Vaccination report Assam 1896-1927 - 1896-1927
Year: 1896
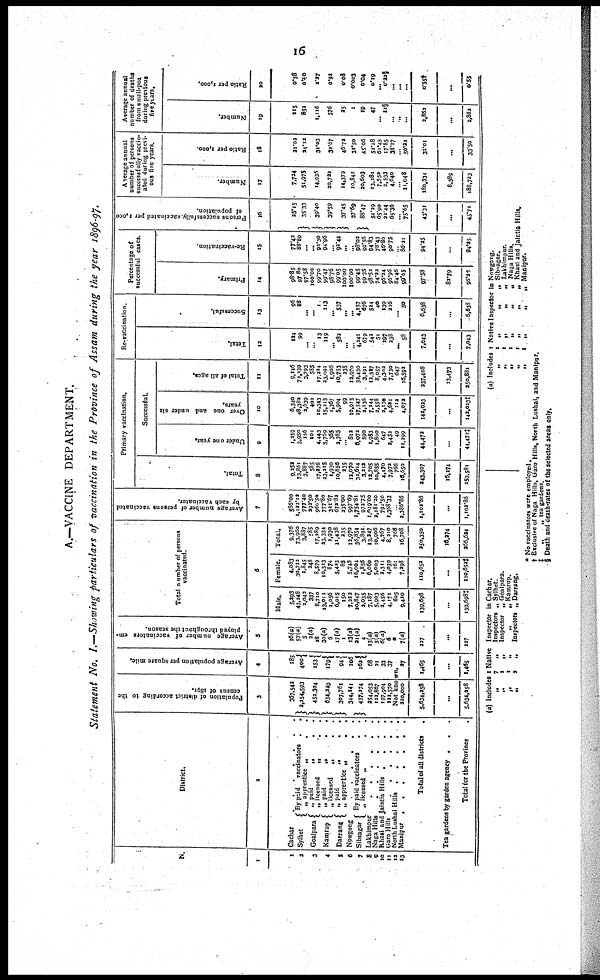
16
A.—VACCINE DEPARTMENT.
Statement No. I.—Showing particulars of vaccination in the Province of Assam during the year 1896-97.
N.
1
1
3
3
4
5
6
7
8
9
10
11
12
13
District.
3
Cachar
...........
Sylhet
Goalpara
Kamtup
Darrang
By paid
vaccinators
.
.
„ apprentice „
.
.
„ paid
„
. .
„
licensed
„
. . .
„ paid
„
.
.
„ licensed
„
. .
„
Paid
„
. .
„ apprertice „
.
Nowgong
.
.
.
.
.
Sibsagar
By paid vaccinators
,
,
„ licensed „
.
Lakhimpur
.
.
.
.
.
Naga Hills
.
.
.
.
.
Khasi and Jaintia Hills .
.
.
.
Garo Hills
......
North Lushai Hills
.
.
.
.
.
Manipur
Total of all districts
.
Tea gardens by garden agency
...
Total for the Province
.
Population of district according to the
census of 1801.
3
367,542
2,154,593
452,304
634,249
307,761
344,141
457,274
254,053
122,867
197,904
131,570
Average population per square mile.
4
185
400
153
179
94
105
162
68
21
33
37
Not known.
220,000
5,634,258
...
5,634,258
27
1,465
...
1,465
Average number of vaccinators em-
ployed throughout the season.
5
16(a)
57(a)
5 3(a)
18
30(a)
6
17(a)
1
13(a)
21(a) 4.
13(a)
5(a)
6(a)
6
*
7(a)
227
...
227
Total number of persons
vaccinated.
6
Male.
5,293
43,248
2,042
337
8,710
13,011
1,056
6,015
ISO
7,222
30,847
2,035
7,187
5,903
2,456
4,171
605
9,410
139,698
...
139,698‡
Female.
4,083
30,712
1,845
348
8,579
10,323
874
5,423
85
5,748
16,004
1,856
6,060
5,003
2,311
4,039
161
7,298
110,652
...
110,652‡
Total.
9,376
73,060
3,887
585
17,289
23,334
1,930
11,438
33S
12,970
36,851
3,891
13,247
10,006
4,767
8,210
766
16,708
250,350
19,274
266,624
Average number of persons vaccinated
by each vaccinator.
7
585.00
1,122.12
777.40
292.50
960.50
777.80
321.67
672.82
33S*oo
997*69
1,754.81
972.75
1,019.00
2,181.20
794.50
1,368.33
...
3,386.86
1,102.86
...
1,102.86
Primary vaccination.
Total.
8
9,252
73,861 3,887
585
17,276
23,215
1,930
10,856
335
12,070
32,614
3,212
12,705
10,855
4,470
7,972
766
16,650
343,307
16,374
359,581
Successful.
Under one year.
9
1,259
3,950
126
101
4,443
5,769
365
3,785
813
6,073
590
1,953
1,800
647
2,452
49
11,299
44,473
...
44,474
Over one and under six
years.
10
6,340
48,382
3,639
401
10,343
15,215
1,367
5,904
99
10,913
17,547
2,136
7,244
2,558
2,130
4,621
112
4,072
142,023
...
142,023‡
Total of all ages.
11
9,146
72,239
3,793
585
17,224
23,091
1,906
10.753
335
12,970
32,430
3,191
12,517
8,057
4,302
7,730
647
16,592
337,408
13,473
250,881
Re-vaccination.
Total.
12
124
99
...
...
13
119
...
582
4,241
679
542
51
297
238
... 58
7,043
...
7,043
Successful.
13
96
88
...
... 1
113
...
537
...
4,157
676
514
40
139
216
... 50
6,638
...
6,638
Percentage of
successful cases.
Primary.
14
98.85
97.80
97.58
100.00
99.70
99.47
98.76
99.05
100*00
100.00
99.45
9935
98.52
74.22
96.24
96.96
84.46
99.65
97.58
82.79
95.25
Re-vaccination.
15
77.42
88.89
...
... 92.30
94.96
...
92.44
... 98.03
99.56
94.83
78.43
46.80
90.75
... 86.21
94.25
...
94.25
Persons successfully vaccinated per 1,000
of population.
16
25.15
35.33
39.40
39.59
37.45
37.69
88.47
51.29
65.90
31.44
65.36
75.65
43.31
...
43.71
Average annual
number of persons
successfully vaccin-
ated during previ-
ous five years.
Number.
17
7,734
51,975
14,936
20,733
14,379
10,842
30,603
13,282
7,550
3,533
4,640
...
11,048
180,334
8,389
188,723
Ratio per 1,000.
18
21.02
24.12
31.03
32.67
46.72
31.50
45.06
52.18
61.45
17.85
38.17
... 50.22
33.01
...
33.50
Average annual
number of deaths
from small-pox
during previous
fire years.
Number.
19
215
852
1,116
576
25
1
19
47
... 11§
...
...
...
2,862
...
2,862
Ratio per 1,000,
30
0.58
0.40
2.27
0.91
0.08
0.003
0.04
0.19
... 0.22§
...
...
...
0.55†
...
0.55
(a) Includes
„
„
„
„
1
7
1
1
2
Native
„
„
„
„
Inspector
Inspectors
Inspector
„
Inspectors
in
„
„
„
„
Cachar.
Sylhet.
Goatpara.
Kamrup.
Darrang.
(a) Includes
„
„
„
„
„
1
1
1
1
1
1
Native
„
„
„
„
„
Inspector
„
„
„
„
„
In
„
„
„
„
„
Nowgong.
Sibsagar.
Lakhimpur.
Naga Hills.
Khasi and Jaictia Hills.
Manipur.
* No vaccinators were employed.
† Exclusive of Naga Hills, Garo Hills, North Lushai, and Manipur.
‡
„
„
tea gardens.
§ Death and death-rates of the selected areas only.